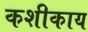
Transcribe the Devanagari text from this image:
कशीकाय